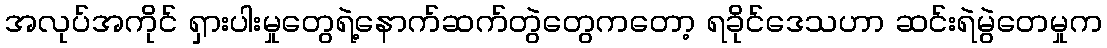
အလုပ်အကိုင် ရှားပါးမှုတွေရဲ့နောက်ဆက်တွဲတွေကတော့ ရခိုင်ဒေသဟာ ဆင်းရဲမွဲတေမှုက